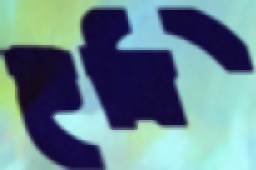
হুনি